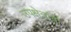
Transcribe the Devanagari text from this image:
उपक्षेत्रांची